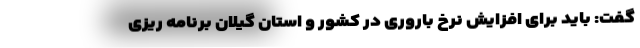
گفت: باید برای افزایش نرخ باروری در کشور و استان گیلان برنامه ریزی